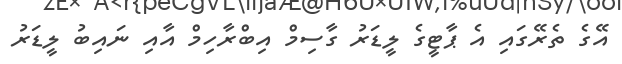
އޭގެ ތެރޭގައި އެ ޕާޓީގެ ލީޑަރު ގާސިމް އިބްރާހިމް އާއި ނައިބު ލީޑަރު